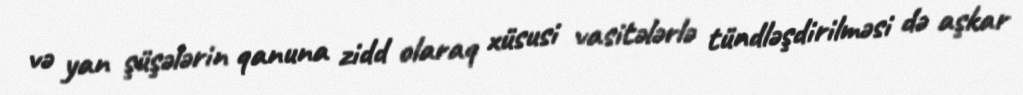
və yan şüşələrin qanuna zidd olaraq xüsusi vasitələrlə tündləşdirilməsi də aşkar